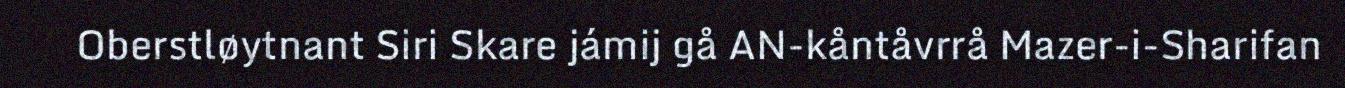
Oberstløytnant Siri Skare jámij gå AN-kåntåvrrå Mazer-i-Sharifan